画像に写った文字を読んでください
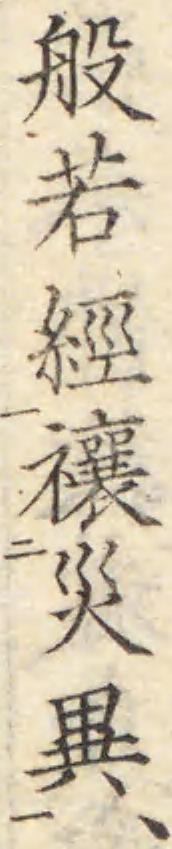
「般若經禳災異、」と書いてあります